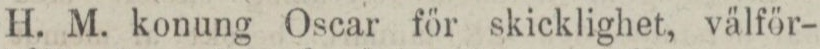
H. M. konung Oscar för skicklighet, välför-